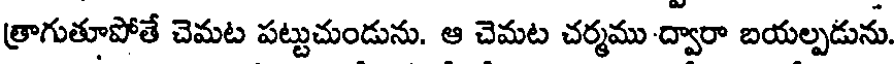
త్రాగుతూపోతే చెమట పట్టుచుండును. ఆ చెమట చర్మము ద్వారా బయల్పడును.